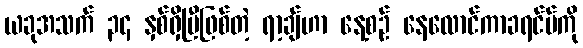
ယခုအသက် ၃၄ နှစ်ရှိပြီဖြစ်တဲ့ ရာ့ချ်ဟာ နေ့စဉ် နေလောင်ကာခရင်မ်ကို